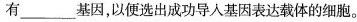
有___基因，以便选出成功导人基因表达载体的细胞。